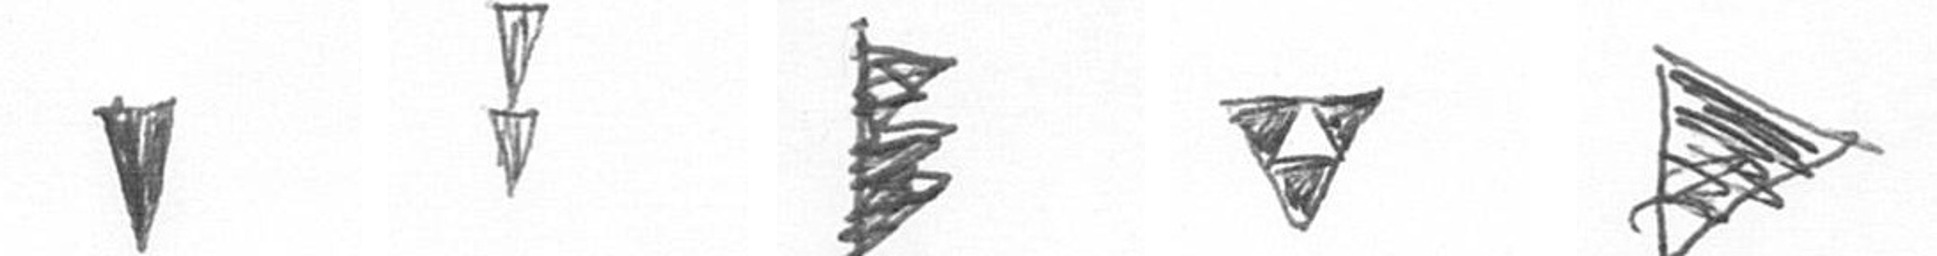
J Z H S T